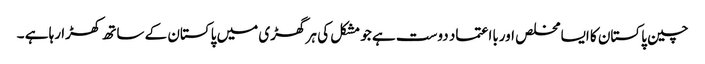
چین پاکستان کا ایسا مخلص اوربااعتماد دوست ہے جو مشکل کی ہر گھڑی میں پاکستان کے ساتھ کھڑا رہا ہے ۔